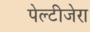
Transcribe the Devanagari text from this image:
पेल्टीजेरा